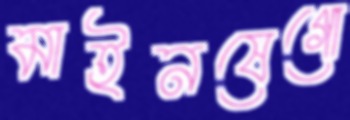
মাইনষেগো